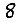
Digit: 8